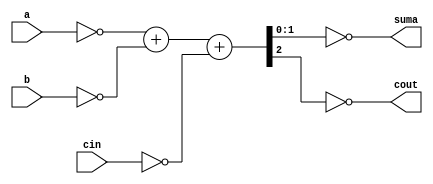
module sum_cin_coutVerilog (
    input [1:0]a,
    input [1:0]b,
    input cin,
    output reg [1:0] suma,
    output reg cout
);
    //Seales para entradas invertidas
    reg [1:0] A;
    reg [1:0] B;
    reg CIN;
    reg [1:0] suma_aux;
    reg COUT;

    always @(*) begin
        //Entradas invertidas
        A=~a;
        B=~b;
        CIN=~cin;
        //Logica
        {COUT,suma_aux} = A + B + CIN ;

        //Salidas
        suma=~suma_aux;
        cout=~COUT;

    end
endmodule